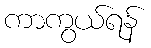
ကာကွယ်ရန်